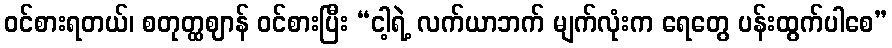
ဝင်စားရတယ်၊ စတုတ္ထဈာန် ဝင်စားပြီး “ငါ့ရဲ့ လက်ယာဘက် မျက်လုံးက ရေတွေ ပန်းထွက်ပါစေ”